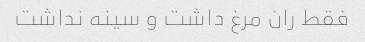
فقط ران مرغ داشت و سینه نداشت